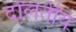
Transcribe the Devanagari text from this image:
दोलतीय